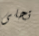
تحلى